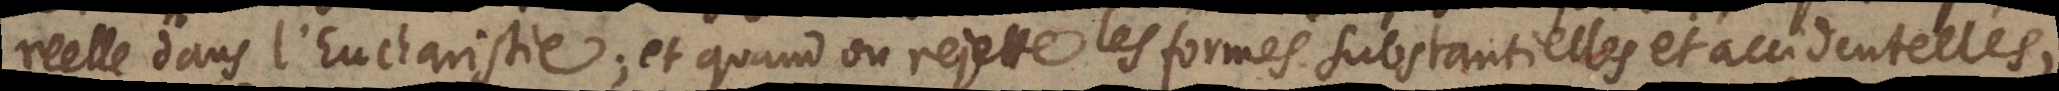
reelle dans l’Eucharistie; et quand on rejette les formes substantielles et accidentelles,